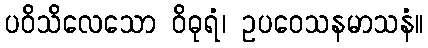
ပဝိသိလေသော ဝိဓုရံ၊ ဥပဝေသနမာသနံ။